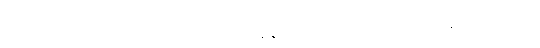
ကုန်တိုက်ရော ဈေးမှာပါ လူသုံးကုန်နဲ့စားသောက်စရာတွေဝယ်လို့ရမှာပါ။